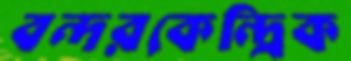
বন্দরকেন্দ্রিক